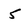
Character: 5